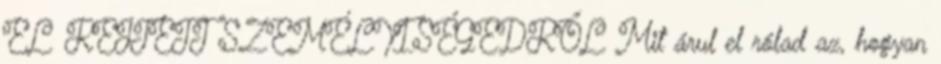
EL REJTETT SZEMÉLYISÉGEDRŐL Mit árul el rólad az, hogyan